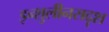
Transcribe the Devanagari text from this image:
इन्शुलीनसदृश